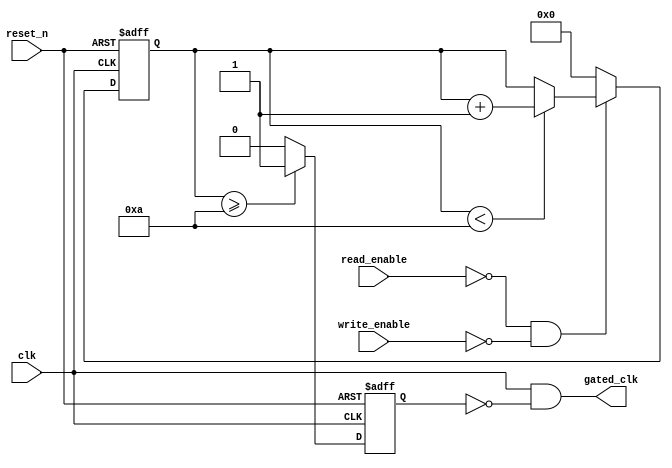
module DynamicClockGating (
    input wire clk,                // Main clock signal
    input wire reset_n,            // Active low reset
    input wire read_enable,        // Signal indicating a read operation
    input wire write_enable,       // Signal indicating a write operation
    output reg gated_clk           // Gated clock signal for memory block
);

    reg [3:0] idle_counter;        // Counter to track idle time
    reg gating_signal;              // Gating signal to control clock

    // Parameters for idle time threshold
    parameter IDLE_THRESHOLD = 4'd10; // Example threshold for idle time

    // Control Logic for Gating Signal Generation
    always @(posedge clk or negedge reset_n) begin
        if (!reset_n) begin
            idle_counter <= 0;
            gating_signal <= 0;
        end else begin
            // Increment the idle counter if no read/write is active
            if (!read_enable && !write_enable) begin
                if (idle_counter < IDLE_THRESHOLD) begin
                    idle_counter <= idle_counter + 1;
                end
            end else begin
                idle_counter <= 0; // Reset counter on activity
            end
            
            // Generate gating signal based on idle counter
            if (idle_counter >= IDLE_THRESHOLD) begin
                gating_signal <= 1; // Indicate that the block is idle
            end else begin
                gating_signal <= 0; // Block is active
            end
        end
    end

    // Clock Gating Logic
    always @(*) begin
        gated_clk = clk & ~gating_signal; // AND gate for clock gating
    end

endmodule